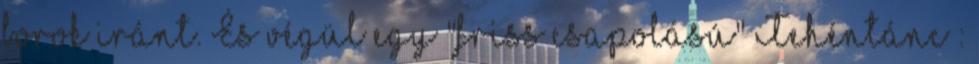
borok iránt. És végül egy "friss csapolású" Tehéntánc :